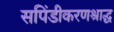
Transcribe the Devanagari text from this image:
सपिंडीकरणश्राद्ध